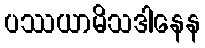
ပဿယာမိသဒါနေန